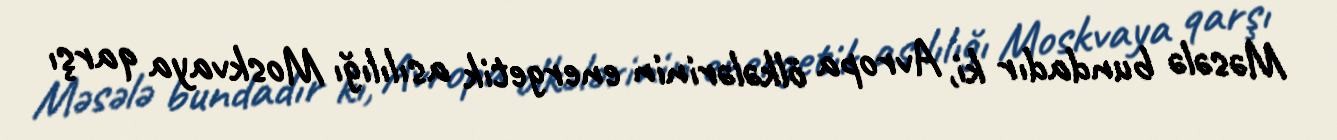
Məsələ bundadır ki, Avropa ölkələrinin energetik asılılığı Moskvaya qarşı